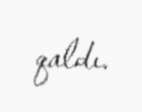
qaldı.